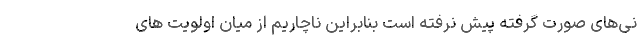
نی‌های صورت گرفته پیش نرفته است بنابراین ناچاریم از میان اولویت های